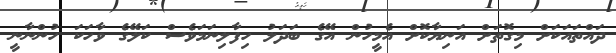
ދައްތައަކަށް މިގޮތަށް އަނިޔާކޮށް އެމީހުން އޭގެ ބަދަލު ހިފާލިނަމަވެސް ކަލޭގެ ވާހަކަ ހުންނާނީ